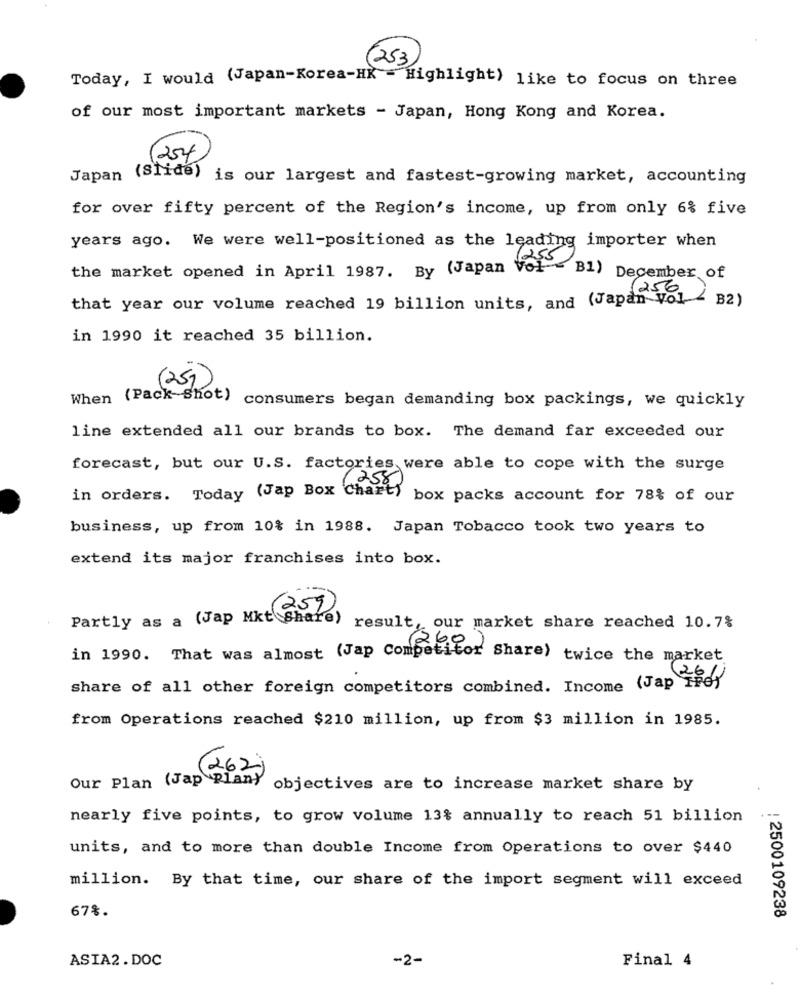
253
Today, I would (Japan-Korea-HK - Highlight) like to focus on three
of our most important markets - Japan, Hong Kong and Korea.
254
Japan (Slide)
is our largest and fastest-growing market, accounting
for over fifty percent of the Region's income, up from only 6% five
years ago. We were well-positioned as the leading importer when
the market opened in April 1987. By (Japan Vol - B1) December of
1256
that year our volume reached 19 billion units, and (Japan Vol - B2)
in 1990 it reached 35 billion.
(25%)
When (Pack Shot)
consumers began demanding box packings, we quickly
line extended all our brands to box. The demand far exceeded our
forecast, but our U.S. factories were able to cope with the surge
in orders. Today (Jap Box Chart)
box packs account for 78% of our
business, up from 10% in 1988. Japan Tobacco took two years to
extend its major franchises into box.
59
Partly as a (Jap Mkt Share)
result, our market share reached 10.7%
in 1990. That was almost (Jap Competitor Share) twice the market
share of all other foreign competitors combined. Income (Jap Tre
from Operations reached $210 million, up from $3 million in 1985.
(262)
Our Plan (Jap Plan) objectives are to increase market share by
nearly five points, to grow volume 13% annually to reach 51 billion
units, and to more than double Income from Operations to over $440
million. By that time, our share of the import segment will exceed
67%.
2500109238
ASIA2.DOC
-2-
Final 4